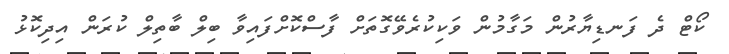
ކޯޓް ދެ ފަނޑިޔާރުން މަގާމުން ވަކިކުރެވޭގޮތަށް ފާސްކޮށްފައިވާ ބިލް ބާތިލް ކުރަން އިދިކޮޅު